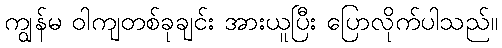
ကျွန်မ ဝါကျတစ်ခုချင်း အားယူပြီး ပြောလိုက်ပါသည်။